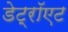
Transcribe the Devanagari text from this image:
डेट्रॉएट